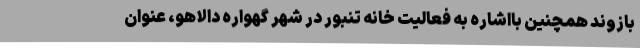
بازوند همچنین بااشاره به فعالیت خانه تنبور در شهر گهواره دالاهو، عنوان